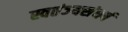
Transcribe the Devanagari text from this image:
स्वतंञ्यसंघर्ष